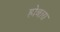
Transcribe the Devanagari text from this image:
होबारा